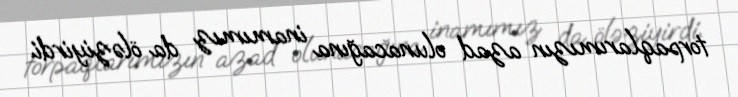
torpaqlarımızın azad olunacağına inamımız da öləziyirdi.